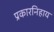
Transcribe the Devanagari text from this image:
प्रकारनिहाय